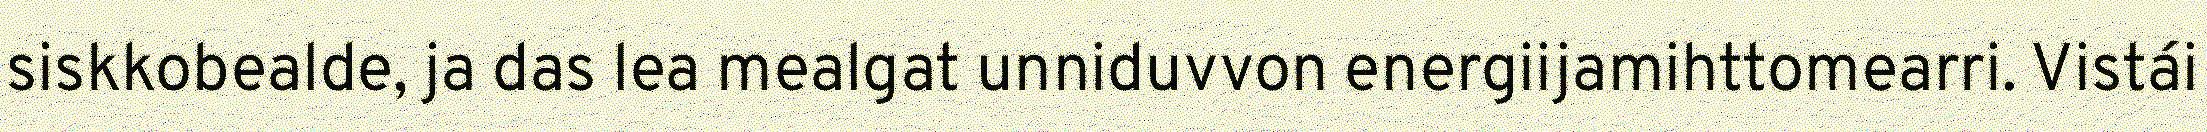
siskkobealde, ja das lea mealgat unniduvvon energiijamihttomearri. Vistái